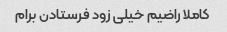
کاملا راضیم خیلی زود فرستادن برام